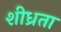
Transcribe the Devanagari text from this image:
शीध्रता